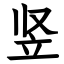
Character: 竖